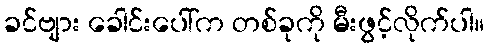
ခင်ဗျား ခေါင်းပေါ်က တစ်ခုကို မီးဖွင့်လိုက်ပါ။